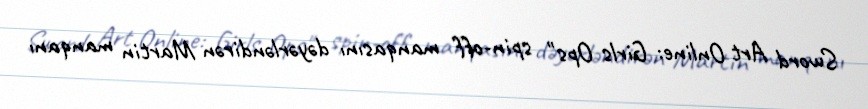
Sword Art Online: Girls Ops" spin-off manqasını dəyərləndirən Martin manqanı